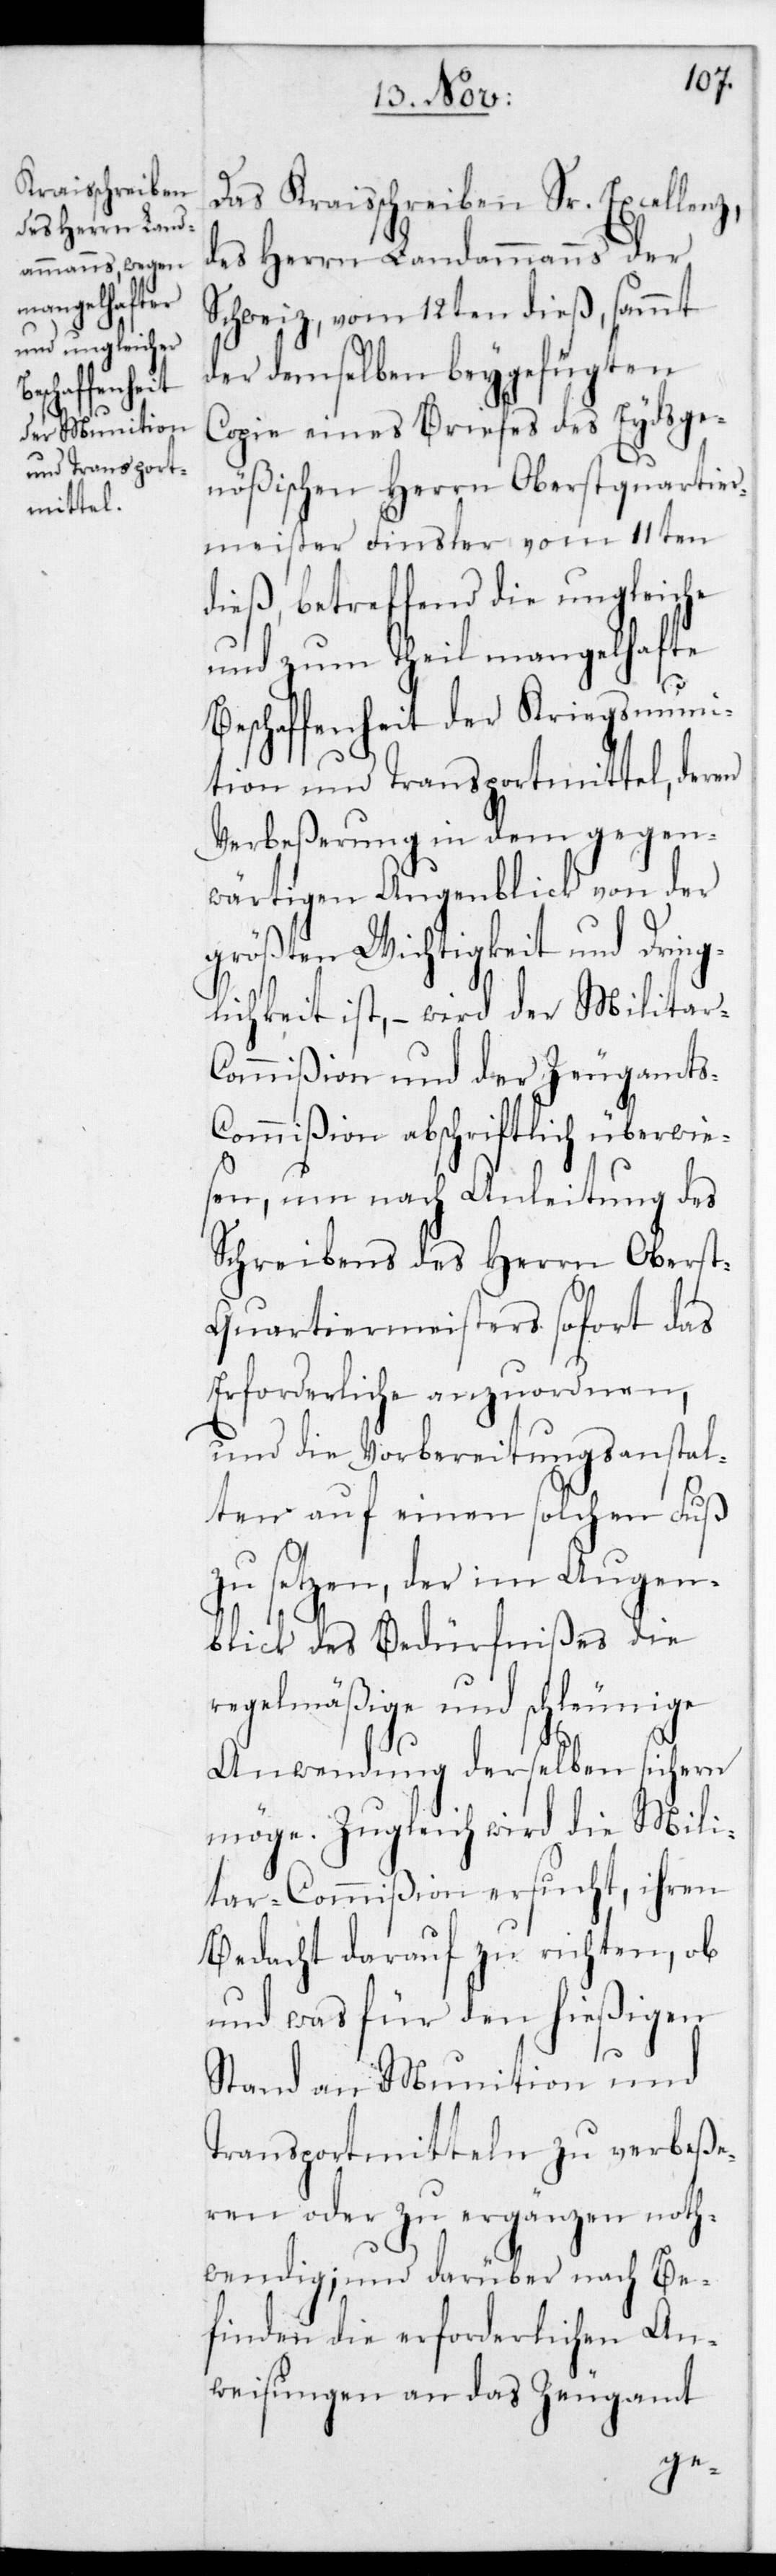
Das Kreisschreiben Sr. Excellenz,
des Herrn Landammanns der
Schweiz vom 12ten dies, sammt
der demselben beygefügten
Copie eines Briefes des Eydsge¬
nößischen Herrn Oberstquartier¬
meister Finsler vom 11ten
dies, betreffend die ungleiche
und zum Theil mangelhafte
Beschaffenheit der Kriegsmuni¬
tion und Transportmittel, deren
Verbeßerung in dem gegen¬
wärtigen Augenblick von der
größten Wichtigkeit und Dring¬
lichkeit ist, – wird der Militar-C¬
ommißion und der Zeugamts-C¬
ommißion abschriftlich überwie¬
sen, um nach Anleitung des
Schreibens des Herrn Obers¬
t-Quartiermeisters sofort das
Erforderliche anzuordnen,
und die Vorbereitungsanstal¬
ten auf einen solchen Fuß
zu setzen, der im Augen¬
blick des Bedürfnißes die
regelmäßige und schleunige
Anwendung derselben sichern
möge. Zugleich wird die Mili¬
tar-Commißion ersucht, ihren
Bedacht darauf zu richten, ob
und was für den hießigen
Stand an Munition und
Transportmitteln zu verbeße¬
ren oder zu ergänzen noth¬
wendig; und darüber nach Be¬
finden die erforderlichen An¬
weisungen an das Zeugamt